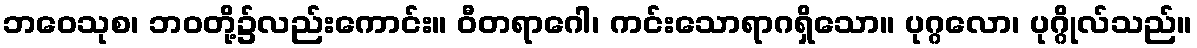
ဘဝေသုစ၊ ဘဝတို့၌လည်းကောင်း။ ဝီတရာဂေါ၊ ကင်းသောရာဂရှိသော။ ပုဂ္ဂလော၊ ပုဂ္ဂိုလ်သည်။